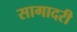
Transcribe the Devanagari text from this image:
सागादरी